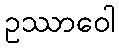
ဥဿာဝေါ